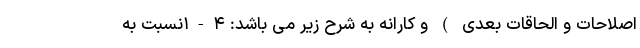
اصلاحات و الحاقات بعدی ) و کارانه به شرح زیر می باشد: ۴-۱­نسبت به